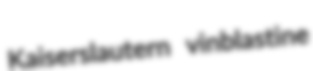
Kaiserslautern vinblastine